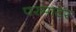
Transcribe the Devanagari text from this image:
परमाटर